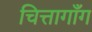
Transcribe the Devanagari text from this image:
चित्तागाँग